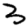
Digit: 3